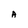
Character: A